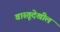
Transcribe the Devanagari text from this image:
वास्तूदेखील